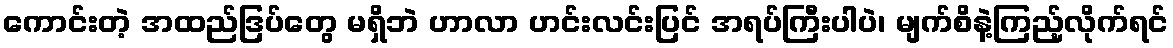
ကောင်းတဲ့ အထည်ဒြပ်တွေ မရှိဘဲ ဟာလာ ဟင်းလင်းပြင် အရပ်ကြီးပါပဲ၊ မျက်စိနဲ့ကြည့်လိုက်ရင်